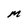
Character: M